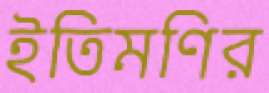
ইতিমণির